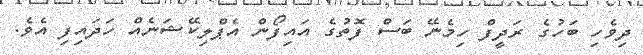
ދިވެހި ބަހުގެ ރަދީފް ހިމެނޭ ބަސް ފޮތުުގެ އައިފޯން އެޕްލިކޭޝަނެއް ހަދައިފި އެވެ.